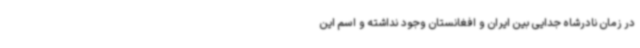
در زمان نادرشاه جدایی بین ایران و افغانستان وجود نداشته و اسم این